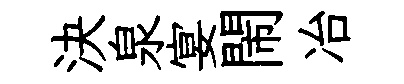
決泉宴閙冶